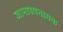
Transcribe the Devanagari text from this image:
जामास्पनामक